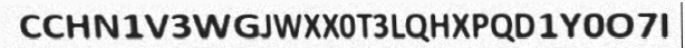
CCHN1V3WGJWXX0T3LQHXPQD1Y0O7I